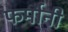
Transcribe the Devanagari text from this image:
फर्मानी